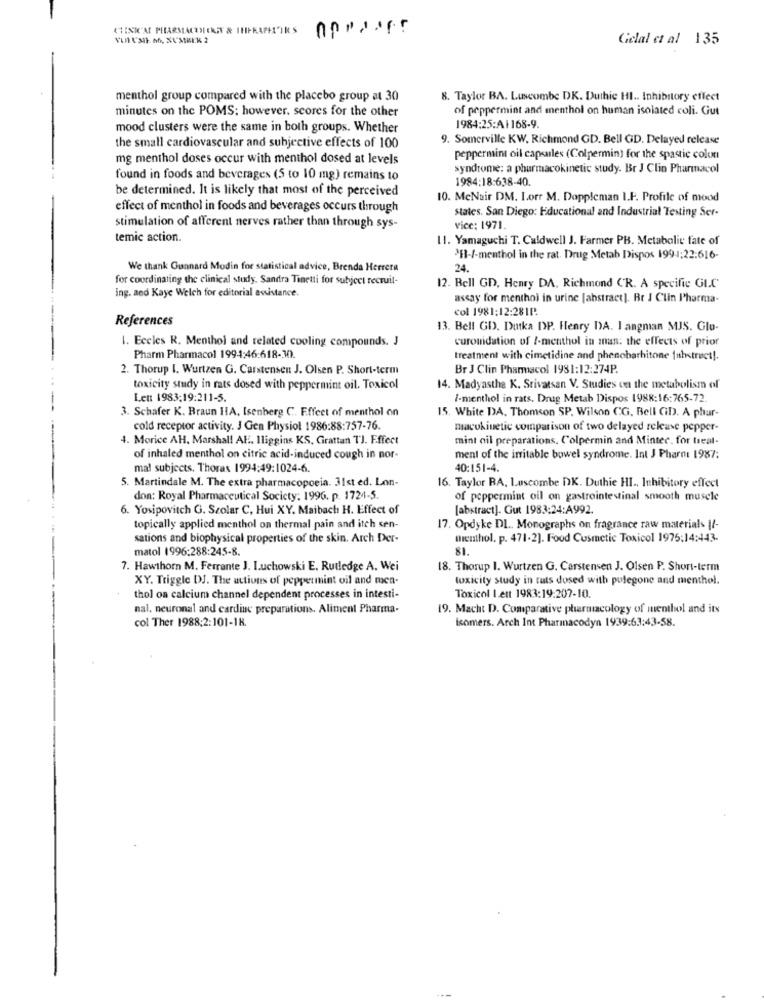
Gelal et al 135
menthol group compared with the placebo group at 30
8. Taylor BA. Luscombe DK. Duthie HI .. Inhibitory effect
minutes on the POMS; however. scores for the other
of peppermint and menthol on human isolated coli. Gut
mood clusters were the same in both groups. Whether
1984:25:Al168-9.
9. Somerville KW. Richmond GD. Bell GD. Delayed release
the small cardiovascular and subjective effects of 100
mg menthol doses occur with menthol dosed at levels
peppermint oil capsules (Colpermin) for the spastic colot
syndrome: a pharmacokinetic study. Br J Clin Pharmacol
found in foods and beverages (5 to 10 mg) remains to
1984:18:638-40.
be determined. It is likely that most of the perceived
10. McNair DM. I.orr M. Doppleman I.F. Profile of mood
effect of menthol in foods and beverages occurs through
states. San Diego: Educational and Industrial Testing Ser-
stimulation of afferent nerves rather than through sys-
vice: 1971.
temic action.
11. Yamaguchi T. Caldwell J. Farmer PB. Metabolie fate of
3H-/-menthol in the rat. Drug Metab Dispos 199-1:22:616-
We thank Gunnard Modin for statistical advice, Brenda Herrera
24.
for coordinating the clinical study. Sandra Tinetti for subject recruil-
12. Bell GD, Henry DA, Richmond CR. A specific GL.C'
ing. aod Kaye Welch for editorial assistance.
assay for menthol in urine [abstract]. Br J Clin Pharma-
col 1981:12:281P.
References
13. Bell GD. Dutka DP. Henry DA. I angman MJS. Glo-
1. Eccles R. Menthol and related cooling compounds. J
curonidation of I-menthol in man: the effects of prior
Pharm Pharmacol 1994:46:618-30.
treatment with cimetidine and phenobarhitone fabstract !.
2. Thorup I. Wurtzen G. Carstensen J. Olsen P. Short-term
Br J Clin Pharmacol 1981:12:274P.
toxicity study in rats dosed with peppermint oil. Toxicol
14. Madyasthe K. Srivatsan V. Studies on the metabolism of
Let 1983:19:211-5.
/-menthol in rats. Drug Metab Dispos 1988:16:765-72
3. Schafer K. Braun HA, Isenberg C. Effect of menthol on
15. White DA. Thomson SP. Wilson CG, Bell GD. A phar-
cold receptor activity. J Gen Physiol 1986:88:757-76.
macokinetic comparison of two delayed release pepper-
4. Morice AH. Marshal! Al. Iliggins KS, Grattan TJ. Effect
mint oil preparations, Colpermin and Minter, for treal-
of inhaled menthol on citric acid-induced cough in nor-
ment of the irritable bowel syndrome. Int J Pharne 1987;
mal subjects. Thorax 1994:49:1024-6.
40:151-4.
5. Martindale M. The extra pharmacopoeia. 31st ed. Lon-
16. Taylor BA, Luscombe DK. Duthie HI ., Inhibitory effect
don: Royal Pharmaceutical Society: 1996. p. 1724-5.
of peppermint oil on gastrointestinal smooth muscle
6. Yosipovitch G. Szolar C, Hui XY. Maibach H. Effect of
[abstract]. Gut 1983:24:A992.
topically applied menthol on thermal pain and itch sen-
17. Opdyke DL .. Monographs on fragrance raw materials |/-
sations and biophysical properties of the skin. Arch Der-
menthol. p. 471-2]. Food Cosmetic Toxicol 1975:14:443.
matol 1996:288:245-8.
81.
7. Hawthorn M. Ferrante J. I.uchowski E. Rutledge A. Wei
18. Thorup I. Wurtzen G. Carstensen J. Olsen P. Short-term
XY. Triggle DJ. The actions of peppermint oil and men-
toxicity study in rats dosed with pulegone and menthol.
thol on calcium channel dependent processes in intesti-
Toxicol Lett 1983:19:207-10.
nal, neuronal and cardine preparations. Aliment Pharma-
19. Macht D. Comparative pharmacology of menthol and its
col Ther 1988:2:101-18.
isomers. Arch Int Pharmacodyn 1939:63:43-58.